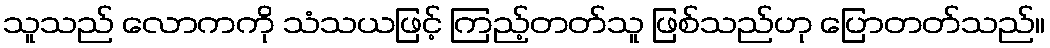
သူသည် လောကကို သံသယဖြင့် ကြည့်တတ်သူ ဖြစ်သည်ဟု ပြောတတ်သည်။